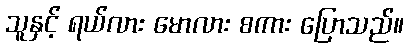
သူနှင့် ရယ်လား မောလား စကား ပြောသည်။